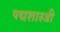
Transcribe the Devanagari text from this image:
पद्मशास्त्री